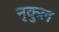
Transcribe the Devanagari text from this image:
नृकुल